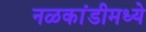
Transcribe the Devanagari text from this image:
नळकांडीमध्ये